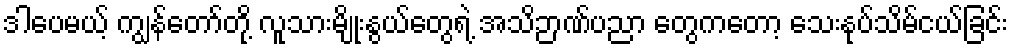
ဒါပေမယ့် ကျွန်တော်တို့ လူသားမျိုးနွယ်တွေရဲ့ အသိဉာဏ်ပညာ တွေကတော့ သေးနုပ်သိမ်ငယ်ခြင်း